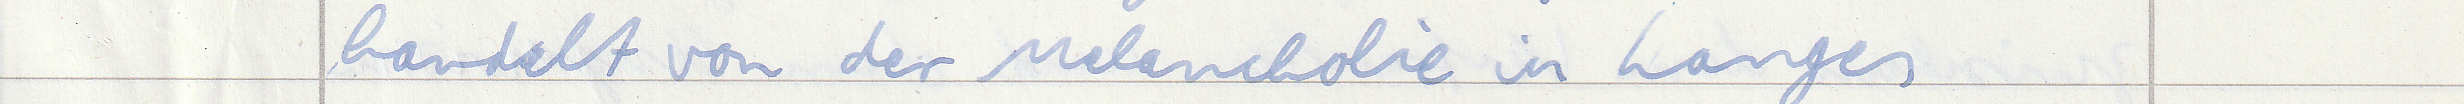
handelt von der Melancholie in Langes